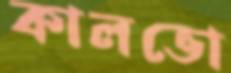
কালভো